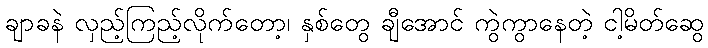
ချာခနဲ လှည့်ကြည့်လိုက်တော့၊ နှစ်တွေ ချီအောင် ကွဲကွာနေတဲ့ ငါ့မိတ်ဆွေ